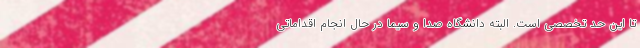
تا این حد تخصصی است. البته دانشگاه صدا و سیما در حال انجام اقداماتی